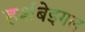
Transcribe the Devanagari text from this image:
हर्शबेइगल